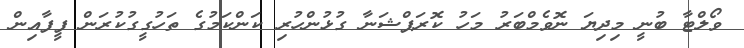
ވޯލްޓާ ބުނީ މިދިޔަ ނޮވެމްބަރު މަހު ކޮރަޕްޝަނާ ގުޅުންހުރި ކަންކަމުގެ ތަހުގީގުކުރަން ފީފާއިން